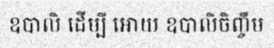
ឧបាលិ ដើម្បី អោយ ឧបាលិចិញ្ចឹម